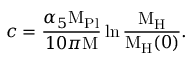
c = \frac { \alpha _ { 5 } { \mathrm { M } _ { \mathrm { P l } } } } { 1 0 \pi \mathrm { M } } \ln { \frac { \mathrm { M } _ { \mathrm { H } } } { \mathrm { M } _ { \mathrm { H } } ( 0 ) } } .